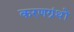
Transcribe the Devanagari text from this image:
करणग्रंथों